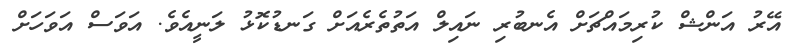
އޭރު އަންޝް ކުރިމައްޗަށް އެނބުރި ނައިލް އަތުތެރެއަށް ގަނޑުކޮޅު ލަނީއެވެ. އަވަސް އަވަހަށް